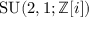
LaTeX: \operatorname { S U } ( 2 , 1 ; \mathbb { Z } [ i ] )